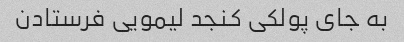
به جای پولکی کنجد لیمویی فرستادن